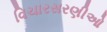
વિચારસરણીઓ